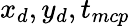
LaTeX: x_{d},y_{d},t_{mcp}